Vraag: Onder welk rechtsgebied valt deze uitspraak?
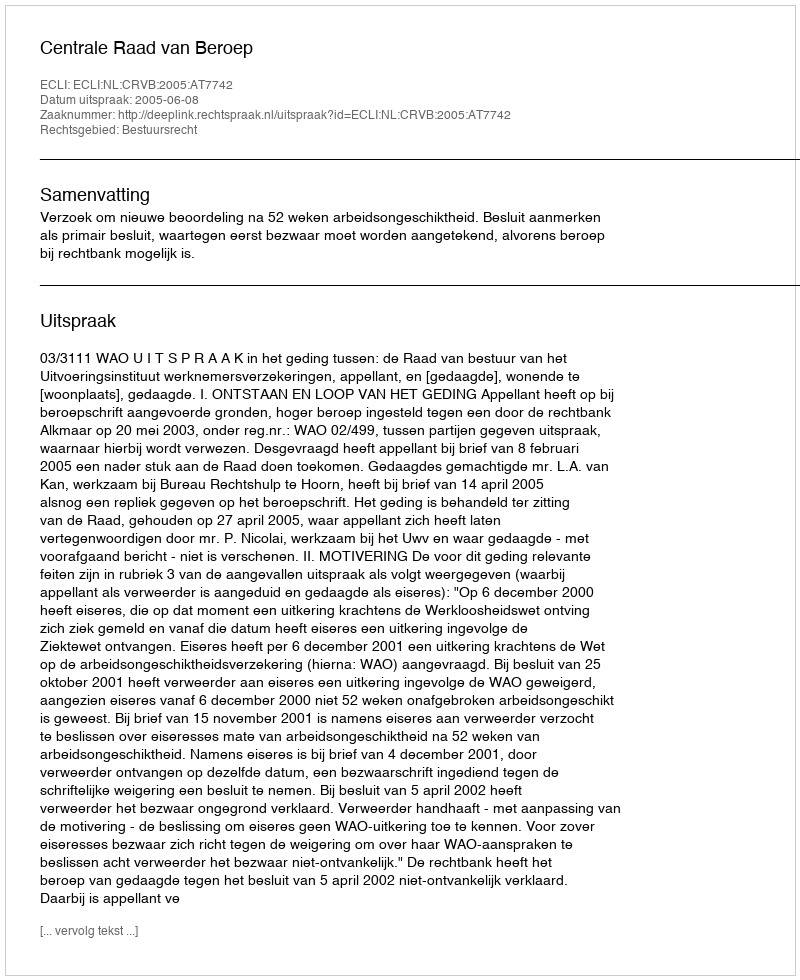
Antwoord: Bestuursrecht